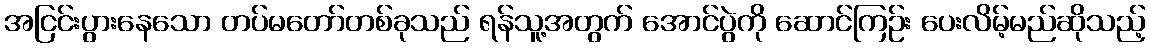
အငြင်းပွားနေသော တပ်မတော်တစ်ခုသည် ရန်သူ့အတွက် အောင်ပွဲကို ဆောင်ကြဉ်း ပေးလိမ့်မည်ဆိုသည့်